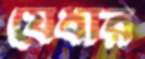
যেধার